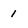
Character: 1